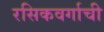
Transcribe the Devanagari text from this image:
रसिकवर्गाची